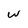
Character: w